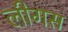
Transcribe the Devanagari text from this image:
लीगस